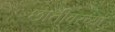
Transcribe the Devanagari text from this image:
छातीवरच्या